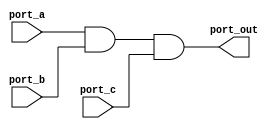
module three_input_and_gate (
    input port_a,
    input port_b,
    input port_c,
    output port_out
);

assign port_out = port_a && port_b && port_c;

endmodule